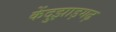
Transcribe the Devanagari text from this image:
केंदुझाड़गढ़